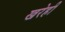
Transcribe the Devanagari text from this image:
खरेही